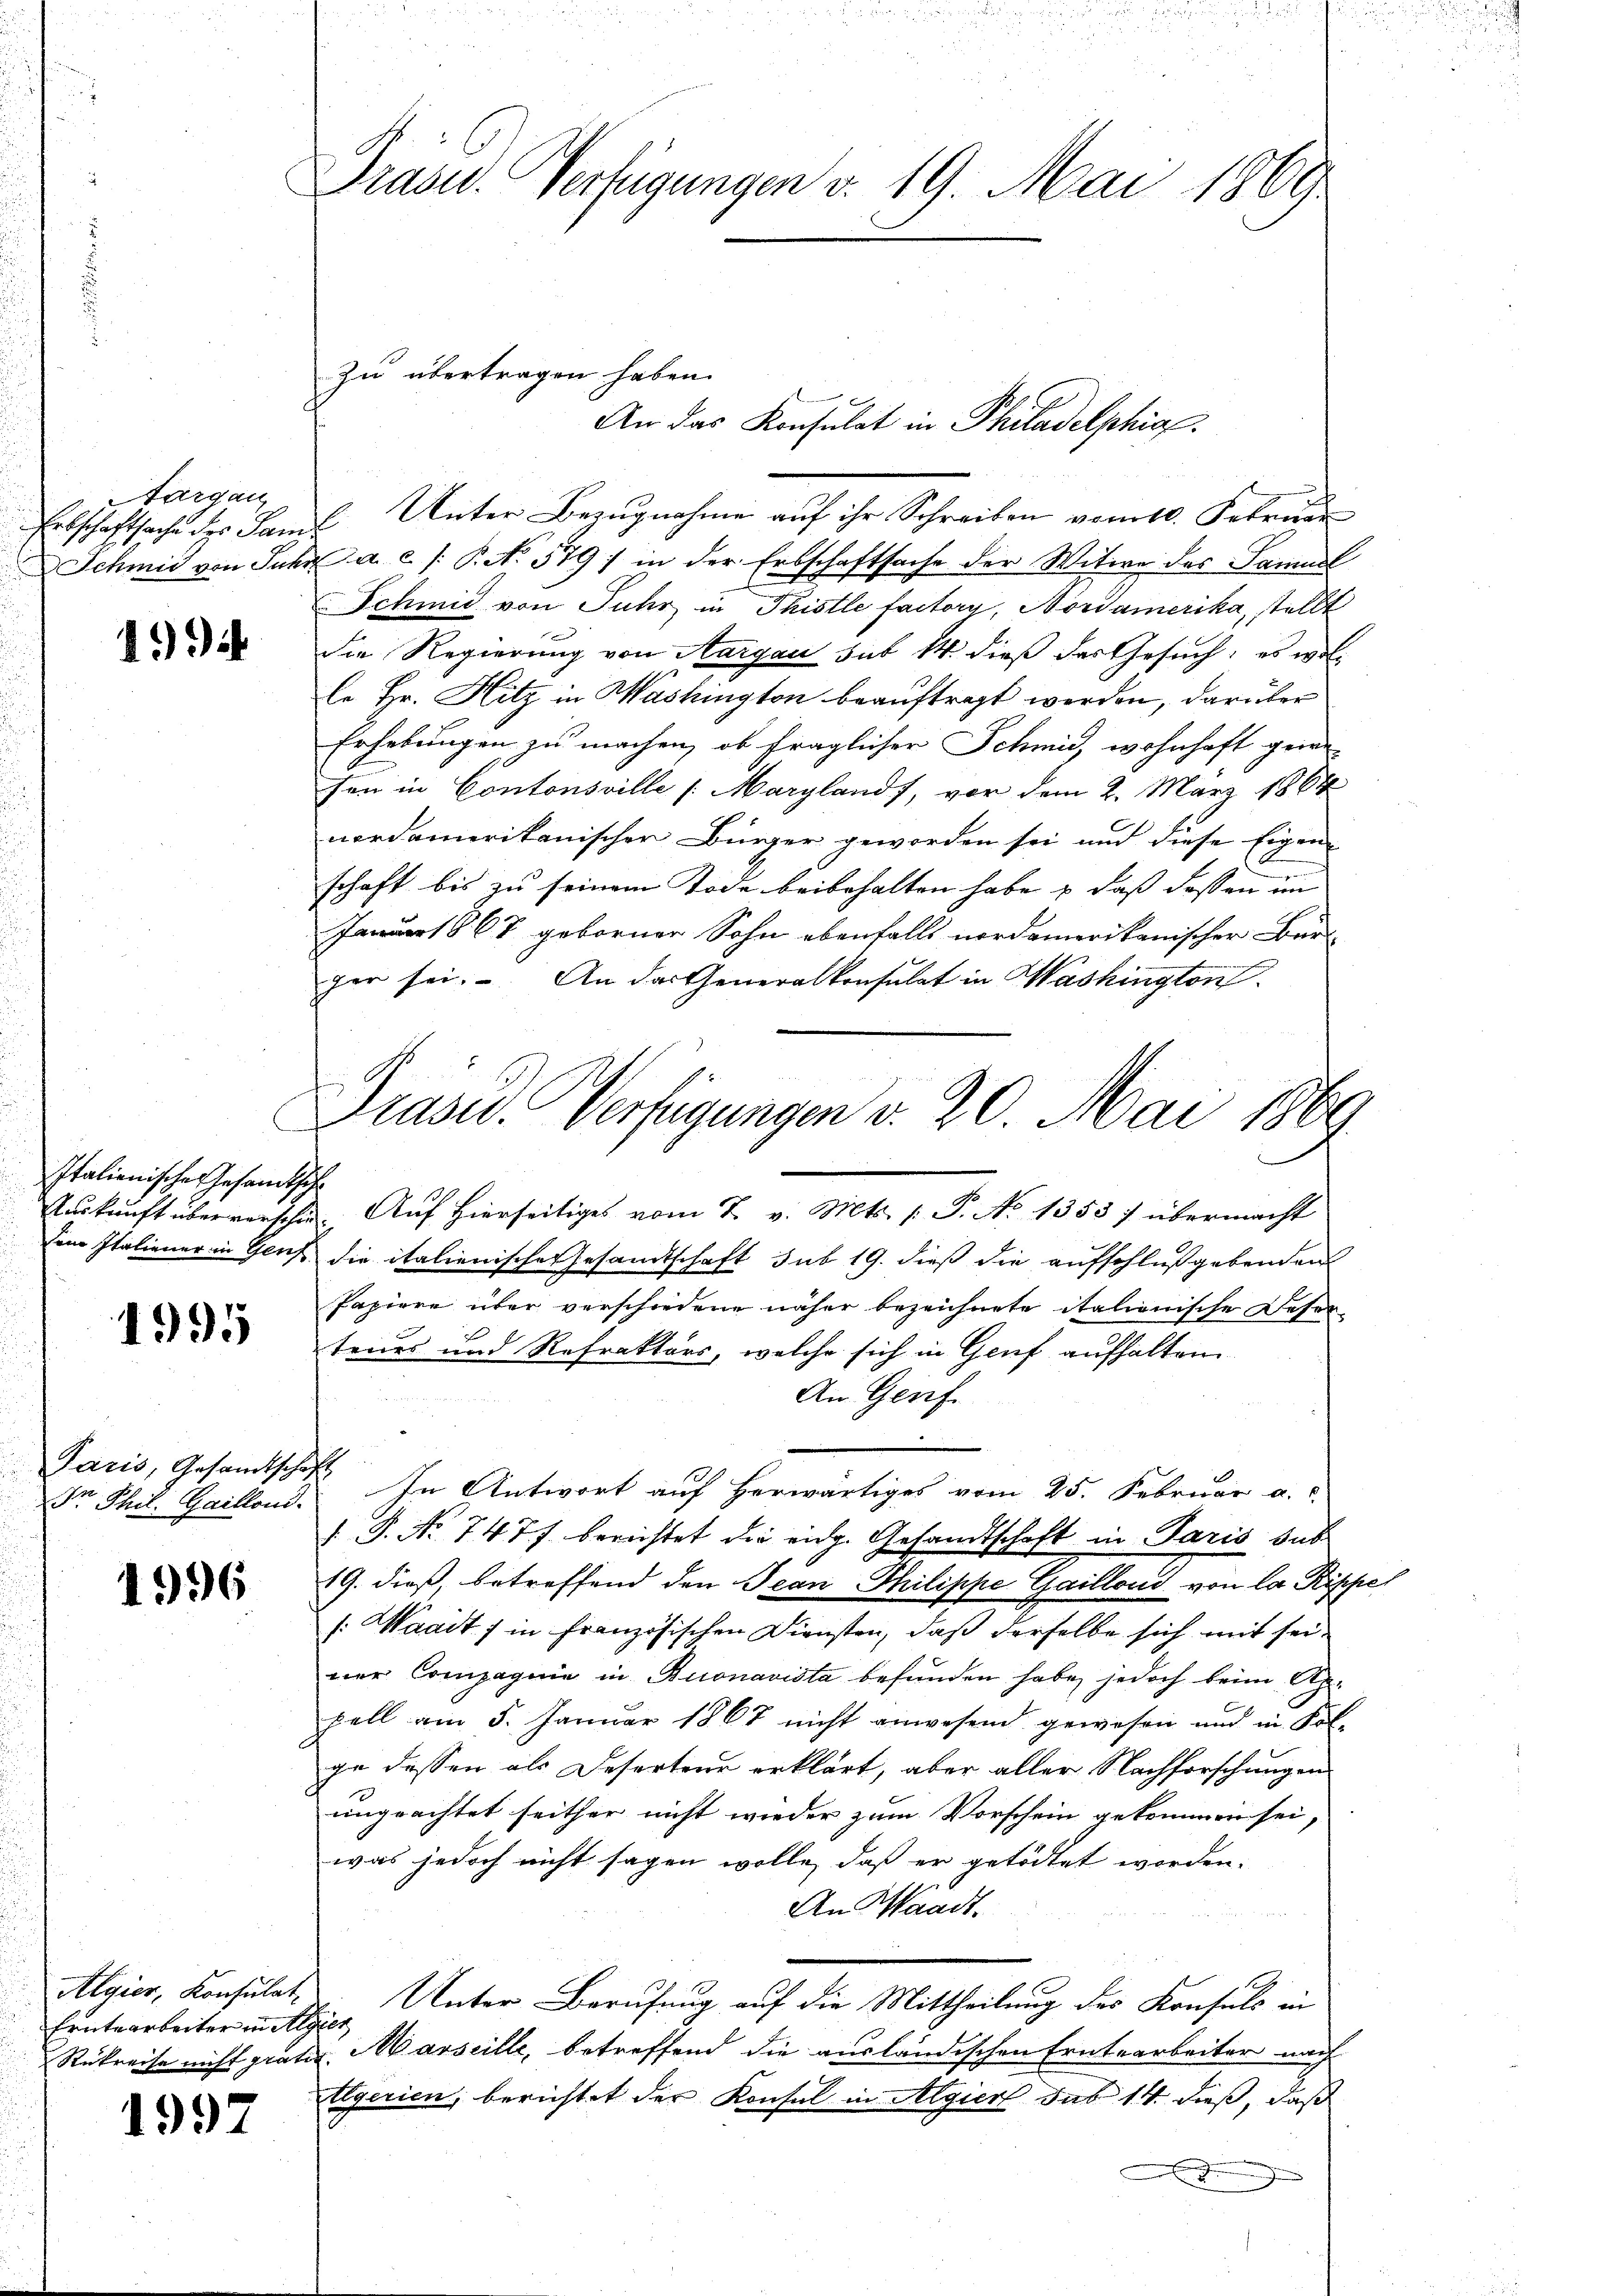
Aargau
Schmid von Juch.

1994

Italienische Gesandtsche

1995

Paris, Gesandtschaft
Dr Phil. Gaillond.

1996

Erntearbeiter in Algier

1997

Präsid.. Verfügungen v. 19. Mai 1869

Erbschaftsache des Famil Unter Bezugnahme auf ihr Schreiben vom 10. Februar
e a. c. /: P. Nr. 579) in der Erbschaftsache der Witwe des Samuel
Schmid von Juhr in Thistle factory, Nordamerika, stellt
die Regierung von Aargau sub 14. dieß das Gesuch; es wol¬
Er Hr. Hitz in Washington beauftragt werden, darüber
Erhebungen zu machen, ob fraglicher Schmid, wohnhaft gewe-
sen in Contonsville [Marglands, vor dem 2. März 1864
nordamerikanischer Bürger geworden sei und diese Eigen- |
schaft bis zu seinem Tode beibehalten habe & daß dessen im
Januar 1867 geborner Sohn ebenfalls nordamerikanischer Bür-
per sei. An das Generalkonsulat in Washington
Auskunft überreischen Auf hierseitiges vom 7. v. Mts. (T. No 1358) übermacht
dem Italiener in Genf die italienische Gesandtschaft sub 19. dieß die aufschlußgebenden
Papiere über verschiedene näher bezeichnete italionische Deser
tenes und Refraktors, welche sich in Genf aufhalten
An Genf.
In Antwort auf herwärtiges vom 25. Februar a. c.
 P. No 747 berichtet die eidg. Gesandtschaft in Paris sub
19. dieß, betreffend den Jean Philippe Gaillond von la Ripper
/: Waadt fin französischen Diensten, daß derselbe sich mit seiner Compagnie in Buonavista befunden habe, jedoch beim Appell am 5. Januar 1867 nicht anwesend gewesen und in Fol-
ge dessen als Deserteur erklärt, aber aller Nachforschungen
ungeachtet seither nicht wieder zum Vorschein gekommen sei,
was jedoch nicht sagen wolle, daß er getödtet worden.
An Waadt.
u
Algier, Konsulat Unter Berufung auf die Mittheilung des Konsuls in
Rükreise nicht grähr. Marseille, betreffend die ausländischen Erntearbeiter nach
Algerien, berichtet der Konsul in Algier sub 14. dieß, daß

zu übertragen haben.

An das Konsulat in Philadelphia

Präsid. Verfügungen v. 20. Mai 1869